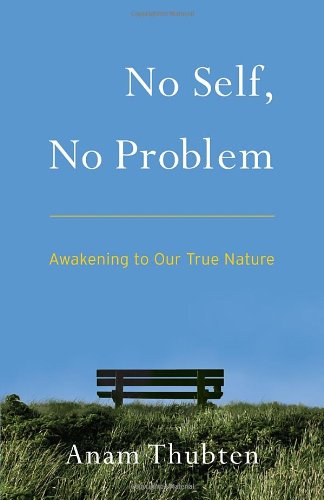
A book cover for No Self, No Problem: Awakening to Our True Nature; Anam Thubten; Religion & Spirituality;